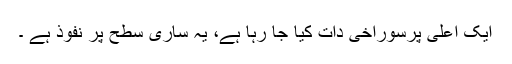
ایک اعلی پرسوراخی دات کیا جا رہا ہے، یہ ساری سطح پر نفوذ ہے ۔